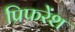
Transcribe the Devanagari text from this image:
प्रिफरेंश